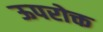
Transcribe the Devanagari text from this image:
ऊपरोक्त